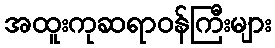
အထူးကုဆရာဝန်ကြီးများ